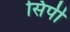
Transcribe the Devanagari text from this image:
सिर्पी